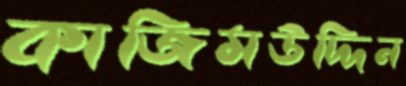
কাজিমউদ্দিন